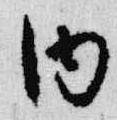
内